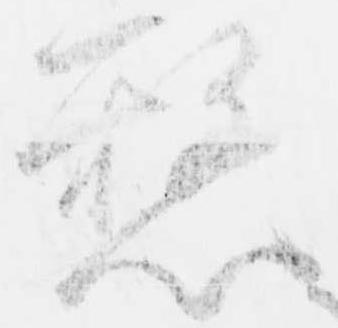
憖